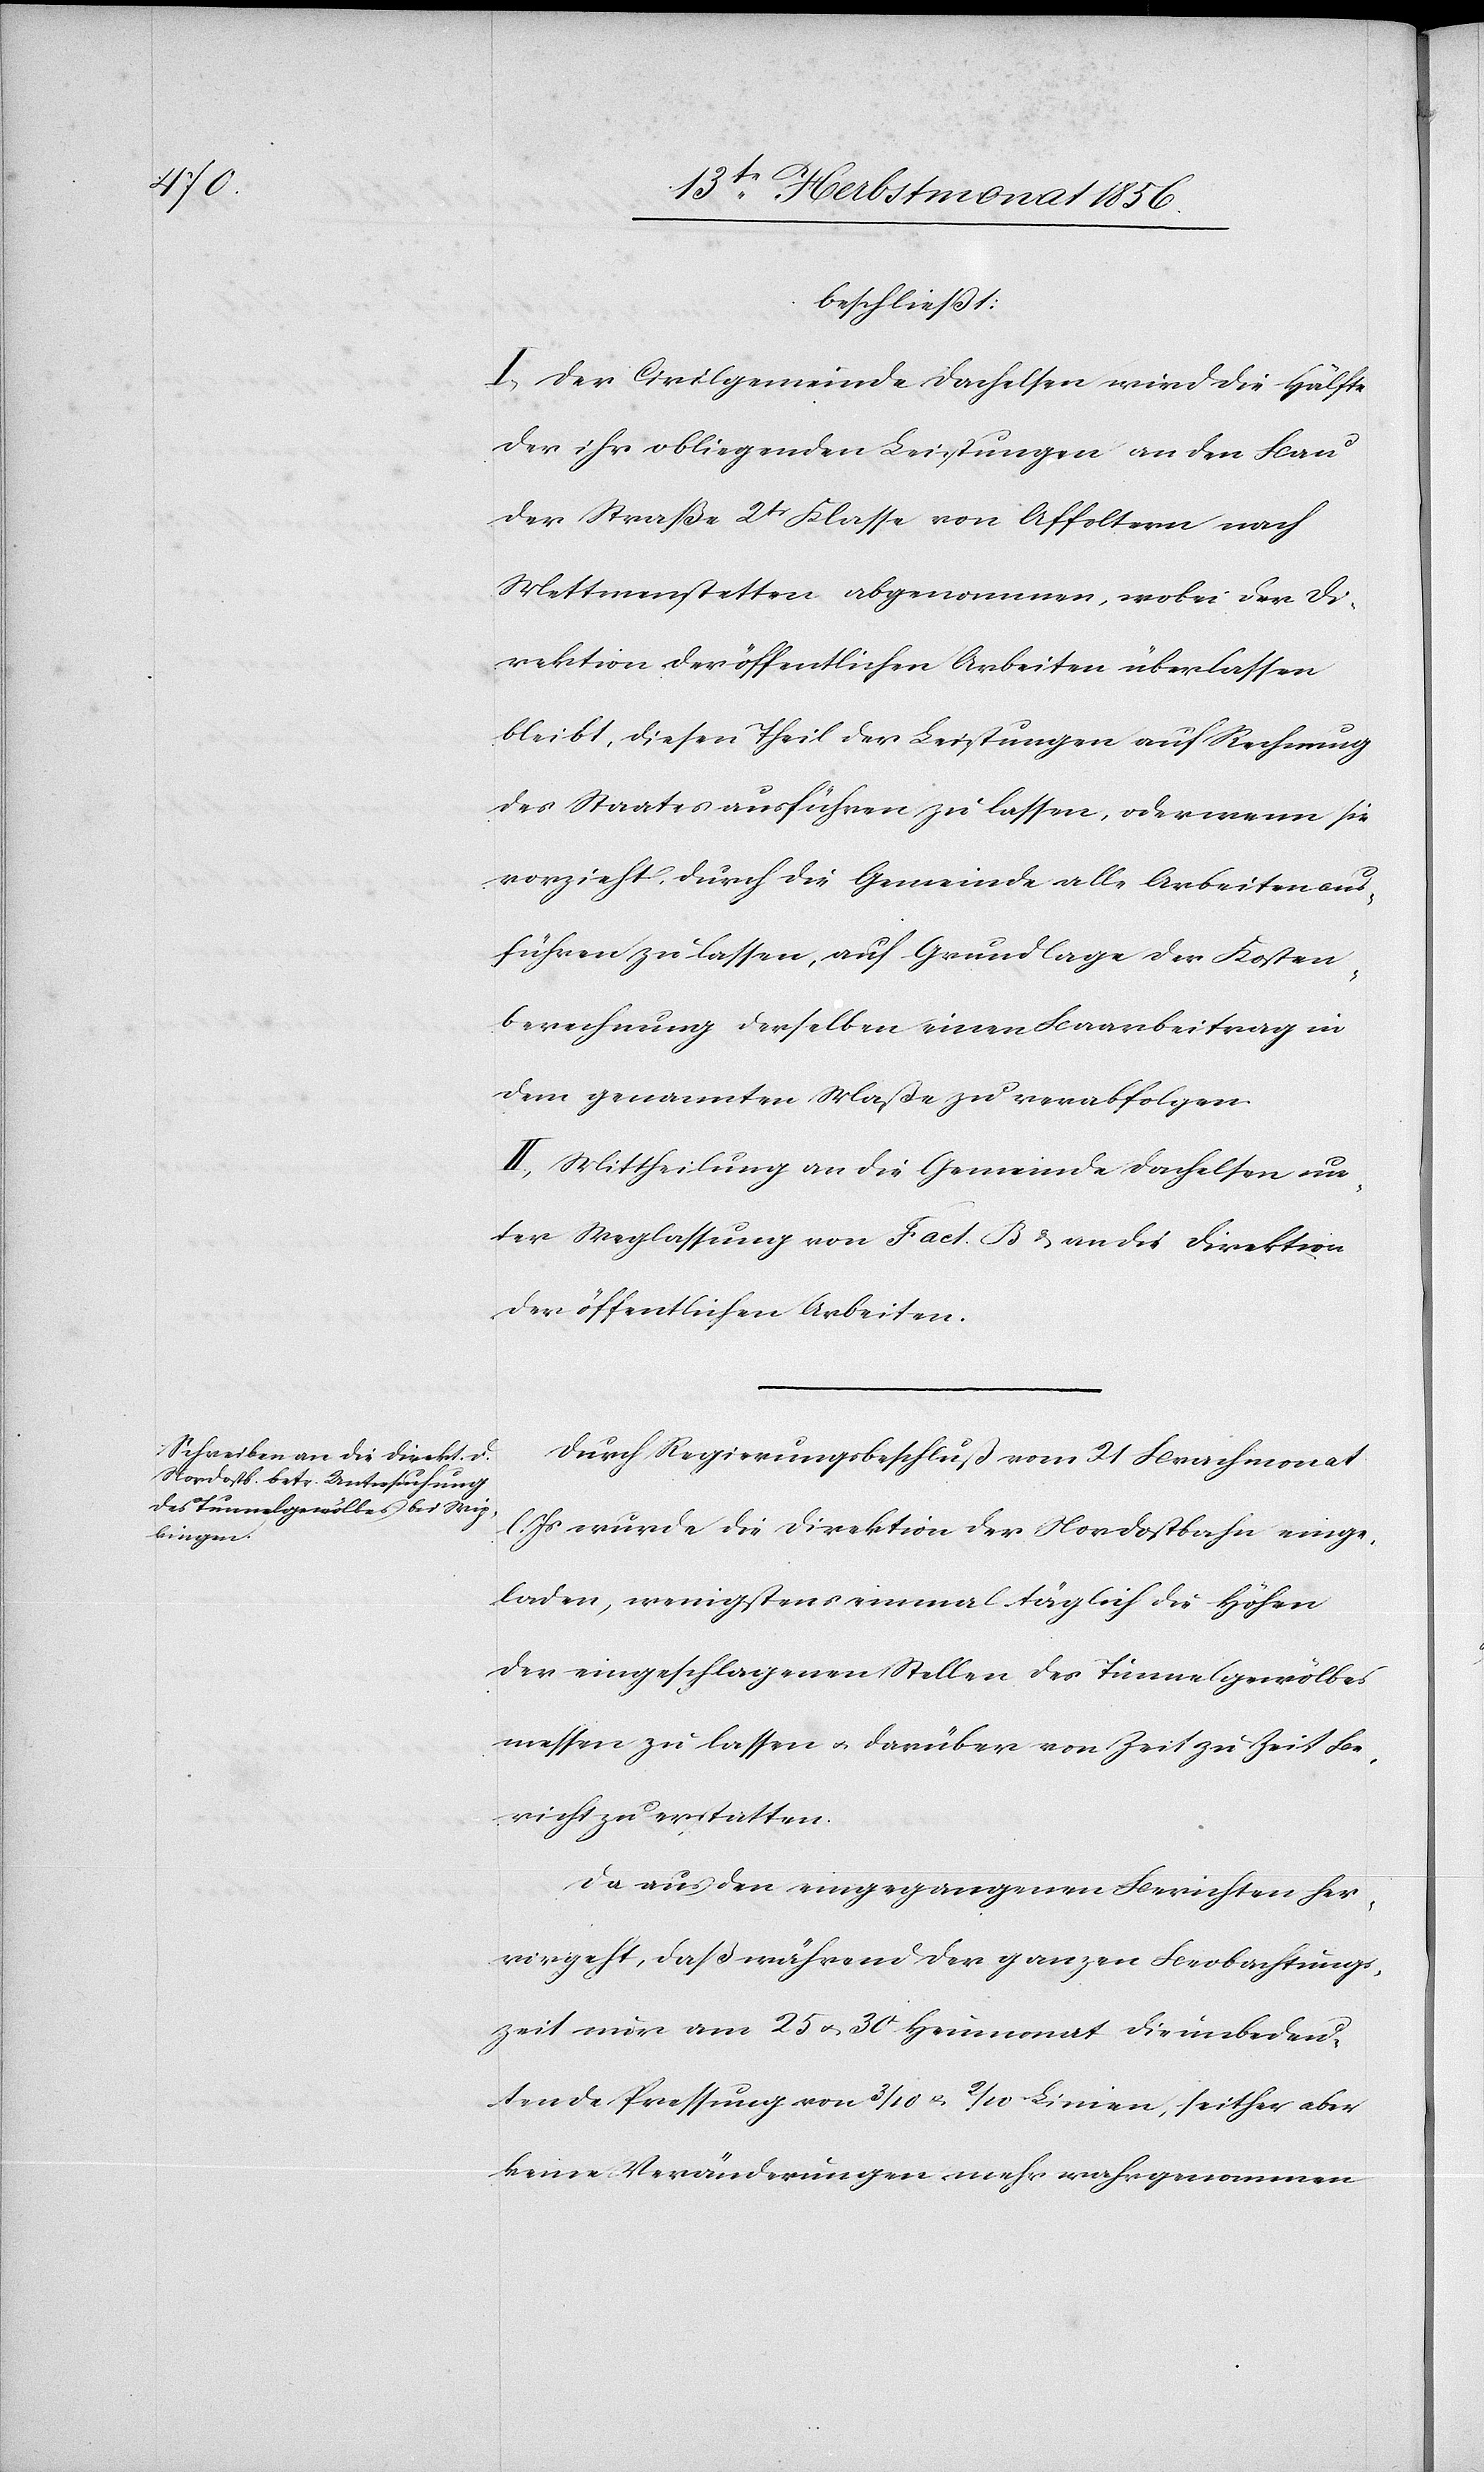
beschließt:
I.) Der Civilgemeinde Dachelsen wird die Hälfte
der ihr obliegenden Leistungen an den Bau
der Straße 2tr Klasse von Affoltern nach
Mettmenstetten abgenommen, wobei der Di¬
rektion der öffentlichen Arbeiten überlassen
bleibt, diesen Theil der Leistungen auf Rechnung
des Staates ausführen zu lassen, oder wenn sie
vorzieht, durch die Gemeinde alle Arbeiten aus¬
führen zu lassen, auf Grundlage der Kosten¬
berechnung derselben einen Baarbeitrag in
dem genannten Maße zu verabfolgen.
II.) Mittheilung an die Gemeinde Dachelsen un¬
ter Weglassung von Fact. B & an die Direktion
der öffentlichen Arbeiten.
Durch Regierungsbeschluß vom 21 Brachmonat
l. Js wurde die Direktion der Nordostbahn einge¬
laden, wenigstens einmal täglich die Höhen
der eingeschlagenen Stellen des Tunnelgewölbes
messen zu lassen u. darüber von Zeit zu Zeit Be¬
richt zu erstatten.
Da aus den eingegangenen Berichten her¬
vorgeht, daß während der ganzen Beobachtungs¬
zeit nur am 25 u. 30 Heumonat die unbedeu¬
tende Pressung von 3/10 u. 2/10 Linien, seither aber
keine Veränderungen mehr wahrgenommen